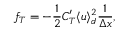
f _ { T } = - \frac { 1 } { 2 } C _ { T } ^ { \prime } \langle u \rangle _ { d } ^ { 2 } \frac { 1 } { \Delta x } ,